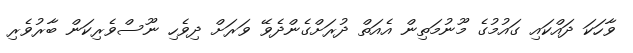
ވާހަކަ ދައްކައި ގައުމުގެ މޫނުމަތިން އެއަތް ދުރަށްގެންދެވޭ ވަރަށް ދިވެހި ނޫސްވެރިކަން ބާރުވެރި